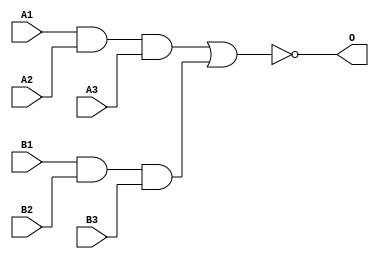
module JD33B(A1, A2, A3, B1, B2, B3, O);
input   A1;
input   A2;
input   A3;
input   B1;
input   B2;
input   B3;
output  O;
and g0(w0, A1, A2, A3);
and g1(w4, B1, B2, B3);
nor g2(O, w0, w4);
endmodule